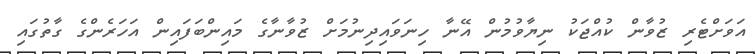
އަވަށްޓެރި ޒުވާން ކުއްޖަކު ނިޔާވުމުން އޭނާ ހިނަވައިދިނުމަށް ޒުވާނާގެ މައިންބަފައިން އަހަރެންގެ ގާތުގައި